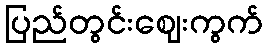
ပြည်တွင်းဈေးကွက်